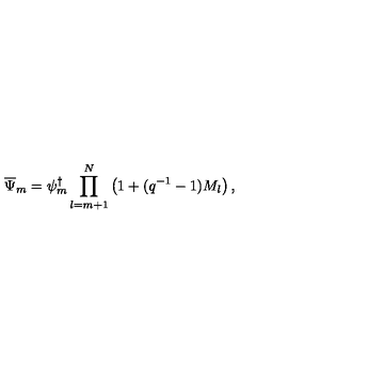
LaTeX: \overline { { \Psi } } _ { m } = \psi _ { m } ^ { \dagger } \prod _ { l = m + 1 } ^ { N } \left( 1 + ( q ^ { - 1 } - 1 ) M _ { l } \right) ,